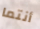
أنتما